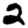
Digit: 2